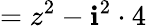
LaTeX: =z^{2}-\mathbf{i}^{2}\cdot4